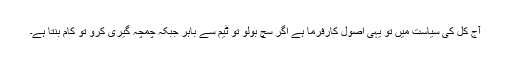
آج کل کی سیاست میں تو یہی اصول کارفرما ہے اگر سچ بولو تو ٹیم سے باہر جبکہ چمچہ گیری کرو تو کام بنتا ہے۔